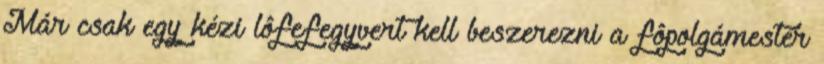
Már csak egy kézi lôfefegyvert kell beszerezni a fôpolgámester